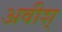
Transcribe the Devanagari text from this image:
अवीश्